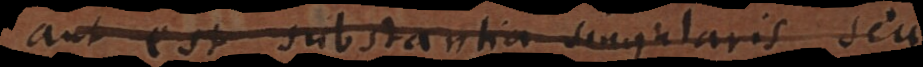
aut est substantia singularis seu